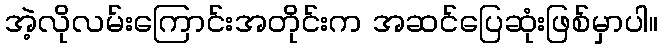
အဲ့လိုလမ်းကြောင်းအတိုင်းက အဆင်ပြေဆုံးဖြစ်မှာပါ။